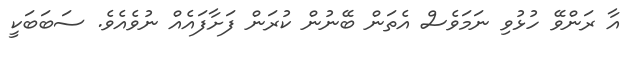
އާ ރަންވޭ ހުޅުވި ނަމަވެސް އެތަން ބޭނުން ކުރަން ފަށާފައެއް ނުވެއެވެ. ސަބަބަކީ